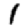
Digit: 1